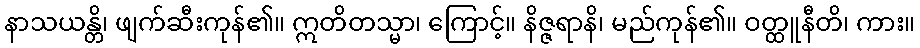
နာသယန္တိ၊ ဖျက်ဆီးကုန်၏။ ဣတိတသ္မာ၊ ကြောင့်။ နိဇ္ဇရာနိ၊ မည်ကုန်၏။ ဝတ္ထူနီတိ၊ ကား။